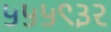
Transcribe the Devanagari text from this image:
५५५९३२